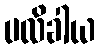
ပလိခါယ